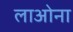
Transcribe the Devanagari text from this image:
लाओना